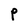
Character: P